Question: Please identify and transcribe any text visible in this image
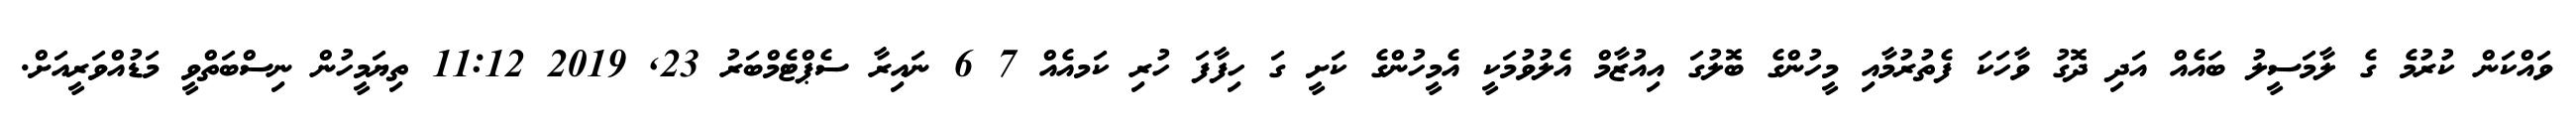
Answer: ވައްކަން ކުރުމެ ގެ ލާމަސީލު ބައެއް އަދި ދޮގު ވާހަކަ ފެތުރުމާއި މީހުންގެ ބޮލުގަ އިއުޒާމް އެލުވުމަކީ އެމީހުންގެ ކަށީ ގަ ހިފާފަ ހުރި ކަމއެއް 7 6 ނައިރާ ސެޕްޓެމްބަރު 23, 2019 11:12 ތިޔަމީހުން ނިސްބަތްވީ މަޑުއްވަރީއަށް.